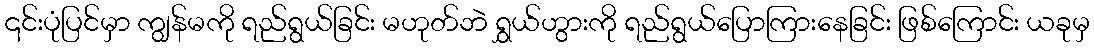
၎င်းပုံပြင်မှာ ကျွန်မကို ရည်ရွယ်ခြင်း မဟုတ်ဘဲ ရွှယ်ဟွားကို ရည်ရွယ်ပြောကြားနေခြင်း ဖြစ်ကြောင်း ယခုမှ